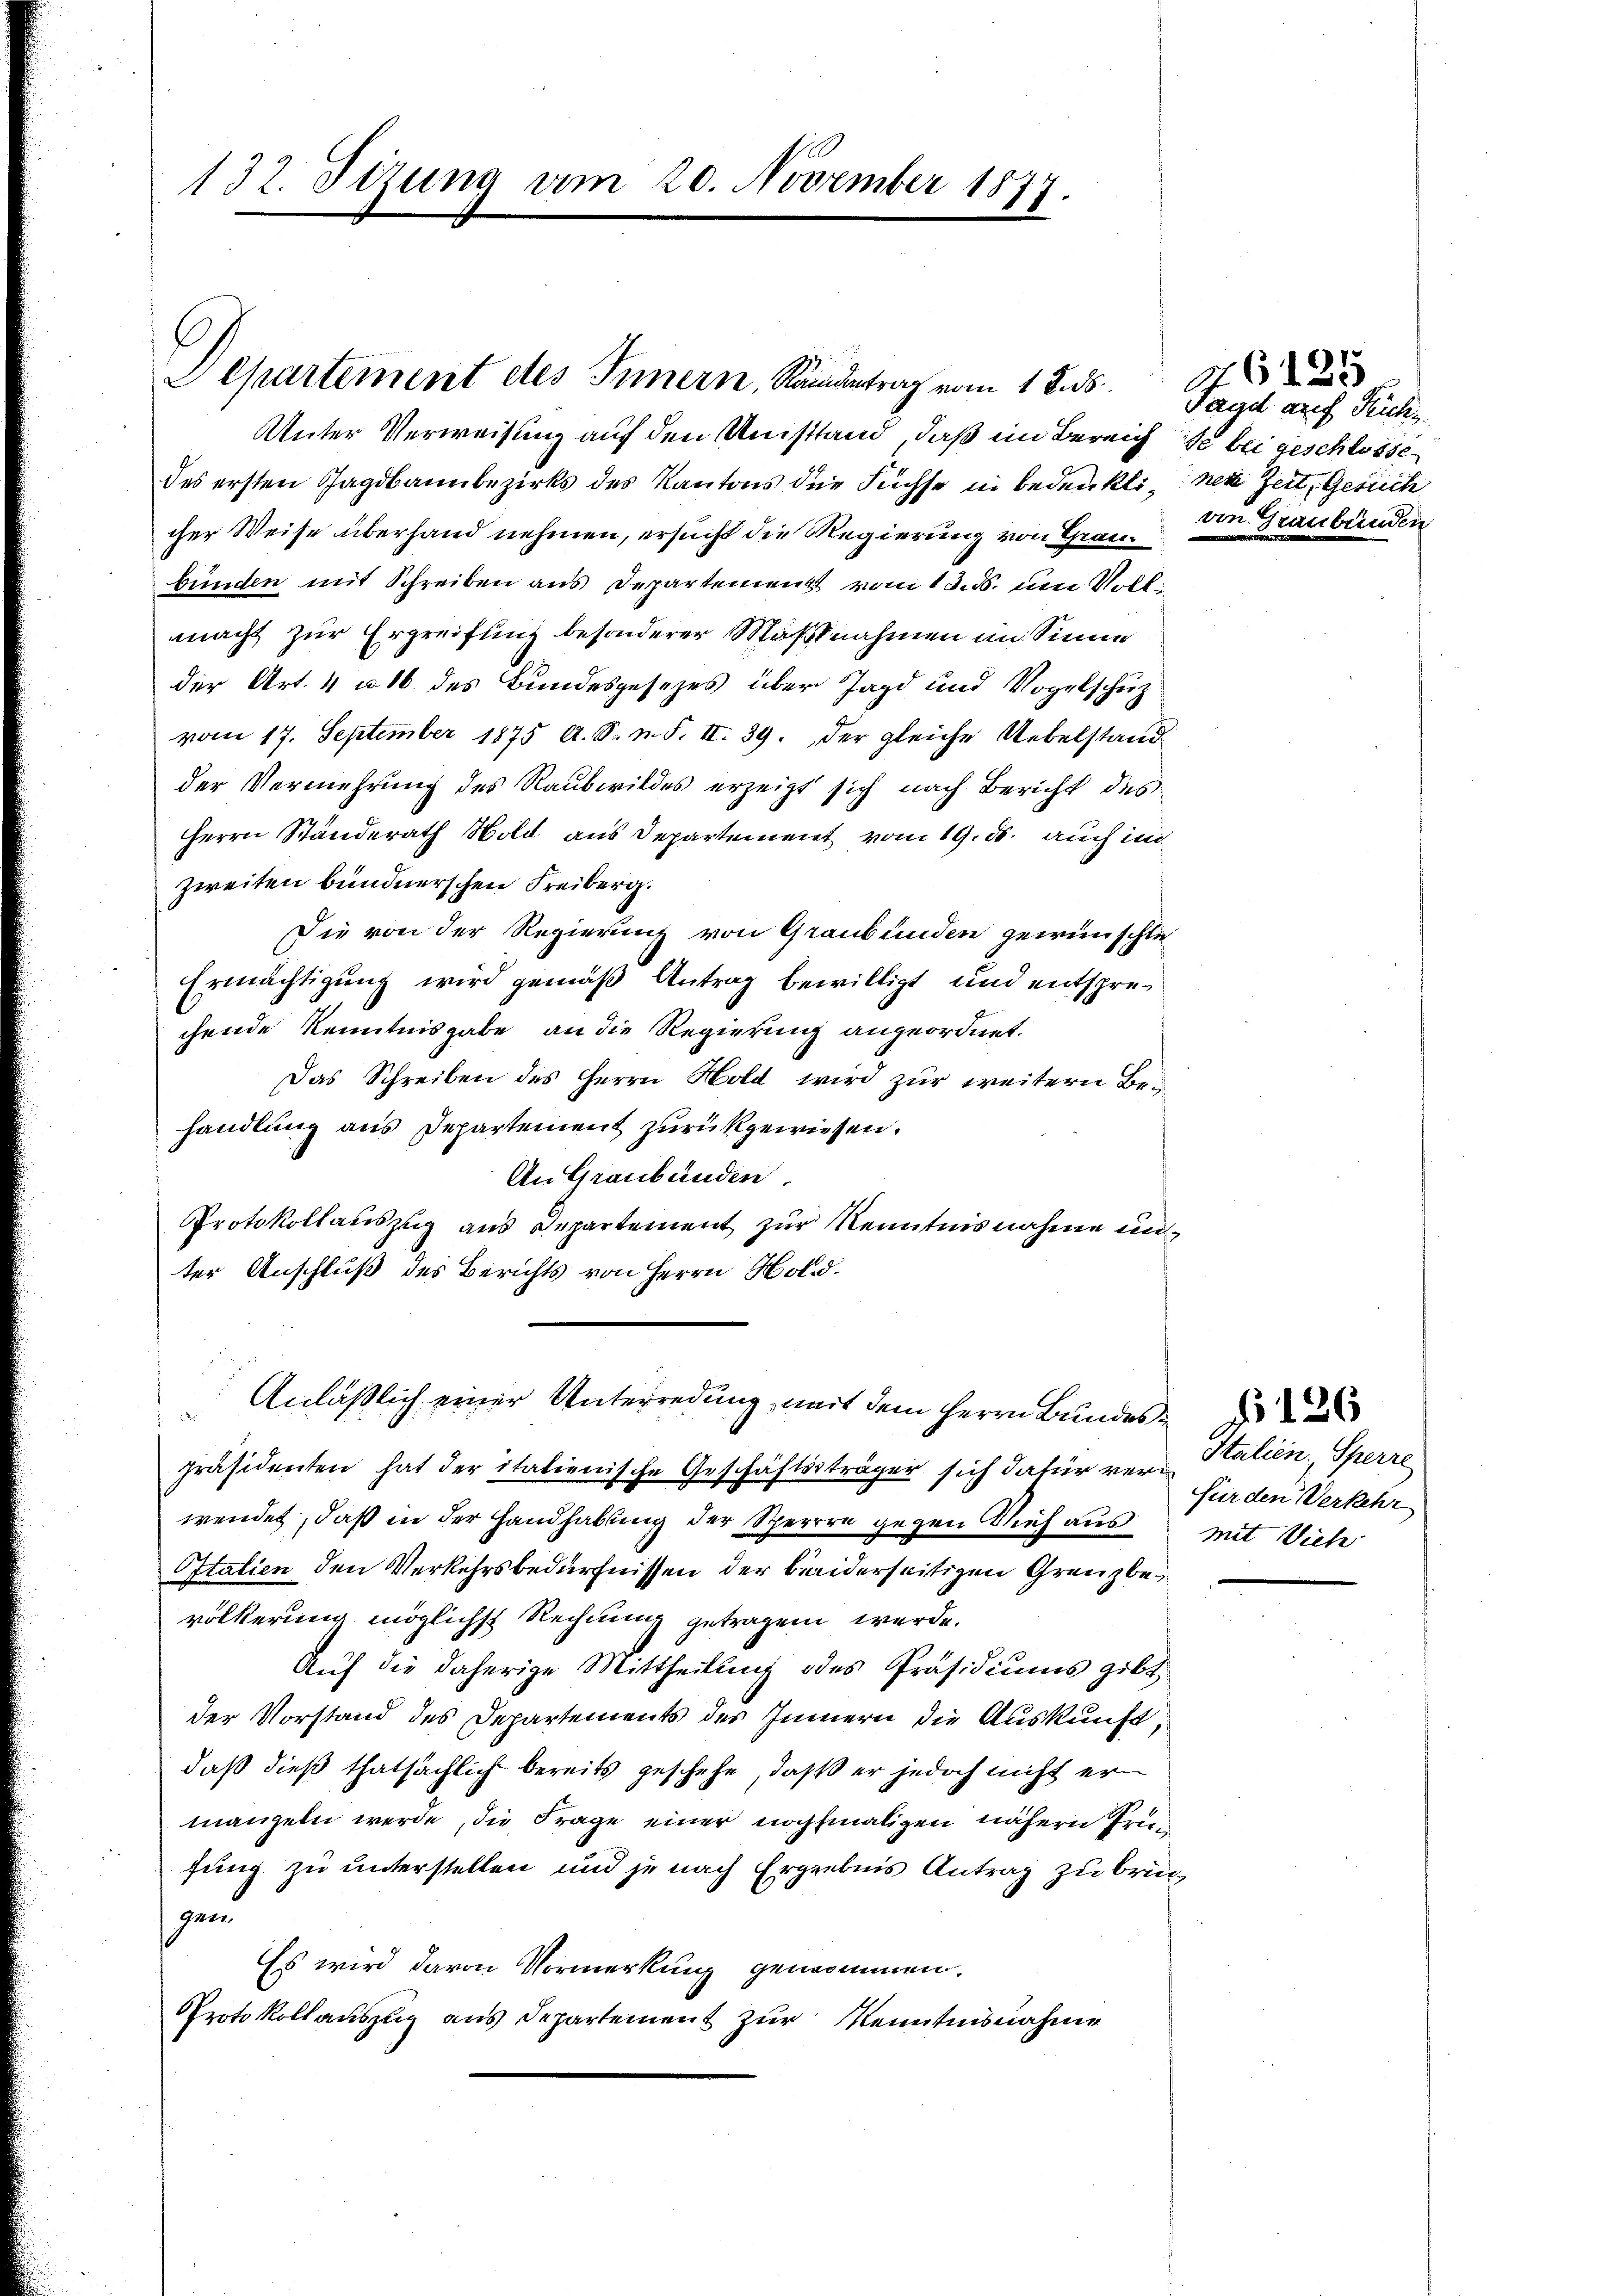
132. Sizung am 20. November 1877.

Departement des Innern, Namentrag vom 1. Jus

Unter Verweisung auf den Umstand, daß im Bereich so bei geschlosse
des ersten Jagdbannbezirks des Kantons die Füchse in bedenklignete Zeit, Gesich
cher Weise überhand nehmen, ersucht die Regierung von Graubünden mit Schreiben aus Departement vom 13. ds. um Vollmacht zur Ergreifung besonderer Maßnahmen im Sinne
der Art. 4 u. 16 des Bundesgesetzes über Jagd und Vogelschutz
vom 17. September 1875 A. S. n. F. II. 39. Der gleiche Uebelstand
der Vermehrung des Raubwildes erzeigt sich nach Bericht des
Herrn Standerath Wold aus Departement vom 19. ds. auch in
zweiten bündnerschen Freiberg.
Die von der Regierung von Graubünden gewünschte
Ermächtigung wird gemäß Antrag bewilligt und entsprechende Kenntnisgabe an die Regierung angeordnet.
Das Schreiben des Herrn Hold wird zŭr weitere Behandlung aus Departement zurückgewiesen.
An Graubünden.
Protokollauszug aus Departement zŭr Kenntnisnahme un-
ter Anschluß des Berichts von Herrn Hold¬
Anläßlich einer Unterredung, mit dem Herrn Bundes
präsidenten hat der italienische Geschäftssträger sich dafür ver- Stalien, Sperre
wendet, daß in der Handhabung der Sperrre gegen Vieh aus
Italien den Verkehrsbedürfnissen der beiderseitigen Grenzbevölkerung möglichst Rechnung getragen wurde.
Auf die daherige Mittheilung des Präsidiums gibt
der Vorstand des Departements des Innern die Auskunft,
daß dieß thatsächlich bereits geschehe, daß er jedoch nicht ermangeln werde, die Frage einer nochmaligen nähern Prüfung zu unterstellen und je nach Ergebnis Antrag zu bringen
Es wird davon Vormerkung genommen.
Protokollauszug aus Departement zur Kenntnisnahme

Tagd auf Reiche
von Graubünden

46125

für den Verkehr
Mit Vieh